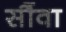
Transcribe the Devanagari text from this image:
सौंवा